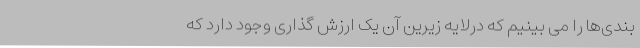
بندی‌ها را می بینیم که درلایه زیرین آن یک ارزش گذاری وجود دارد که